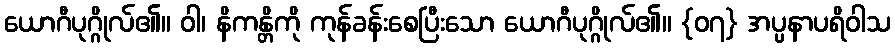
ယောဂီပုဂ္ဂိုလ်၏။ ဝါ၊ နိကန္တိကို ကုန်ခန်းစေပြီးသော ယောဂီပုဂ္ဂိုလ်၏။ {၀၇} အပ္ပနာပရိဝါသ